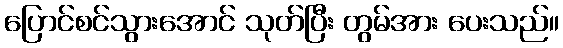
ပြောင်စင်သွားအောင် သုတ်ပြီး တွမ်အား ပေးသည်။